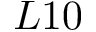
L 1 0